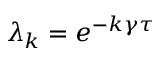
\lambda _ { k } = e ^ { - k \gamma \tau }